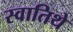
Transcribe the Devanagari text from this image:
स्वातिथे